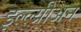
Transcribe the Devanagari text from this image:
इल्ल्य्रीअन